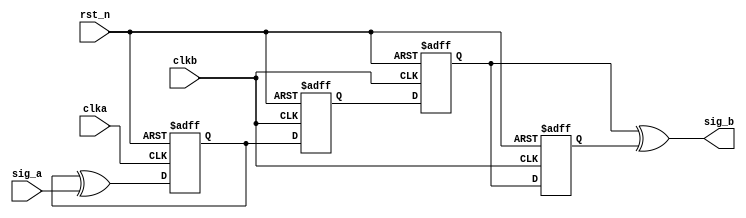
module pulse_detect (
	input clka,
	input clkb,    
	input rst_n,  // Asynchronous reset active low
	input sig_a,

	output sig_b
);
	reg sig_a_reg ;
	always @(posedge clka or negedge rst_n) begin
		if (rst_n == 1'b0) begin
			sig_a_reg <= 1'b0 ;
		end
		else begin
			sig_a_reg <= sig_a_reg ^ sig_a ;
		end
	end

	reg q_slow 		;
	reg q_slow_dly1 ;
	reg q_slow_dly2 ;

	always @(posedge clkb or negedge rst_n) begin
		if (rst_n == 1'b0) begin
			q_slow <= 1'b0 ;
			q_slow_dly1 <= 1'b0 ;
			q_slow_dly2 <= 1'b0 ;
		end
		else begin
			q_slow 		<= sig_a_reg   ;
			q_slow_dly1 <= q_slow 	   ;
			q_slow_dly2 <= q_slow_dly1 ;
		end
	end

	assign sig_b = q_slow_dly1 ^ q_slow_dly2 ;

endmodule